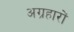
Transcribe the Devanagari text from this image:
अग्रहारों